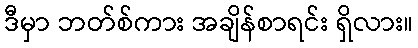
ဒီမှာ ဘတ်စ်ကား အချိန်စာရင်း ရှိလား။